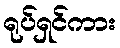
ရုပ်ရှင်ကား